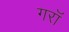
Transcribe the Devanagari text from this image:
गराॅ